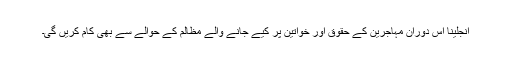
انجلینا اس دوران مہاجرین کے حقوق اور خواتین پر کیے جانے والے مظالم کے حوالے سے بھی کام کریں گی۔